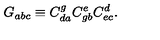
G _ { a b c } \equiv C _ { d a } ^ { g } C _ { g b } ^ { e } C _ { e c } ^ { d } .